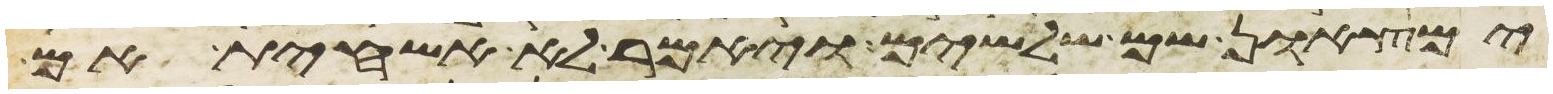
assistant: ימצאון שם שלשים ויאמר לא אשחית אם